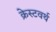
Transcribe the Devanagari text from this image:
क्रेस्टवर्थ